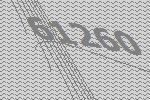
61260